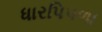
ધારપિપળા